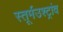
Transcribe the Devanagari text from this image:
स्तूर्मउश्ट्रांव